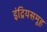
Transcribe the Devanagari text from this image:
इंद्रियसमूह